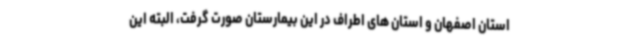
استان اصفهان و استان های اطراف در این بیمارستان صورت گرفت، البته این